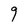
Character: g